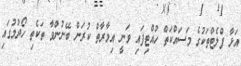
އަޅާ ފްލެޓްތަކުގެ މަސައްކަތް ހުއްޓިފައި ވަނީ އިމާރާތް ކުރަން ބޭނުންވާ ތަކެތި ހޯދުމުގައި